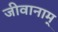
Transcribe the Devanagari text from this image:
जीवानाम्‌